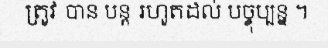
ត្រូវ បាន បន្ត រហូតដល់ បច្ចុប្បន្ន ។